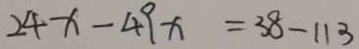
2 4 x - 4 9 x = 3 8 - 1 1 3